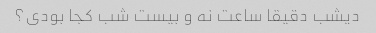
دیشب دقیقا ساعت نه و بیست شب کجا بودی؟